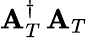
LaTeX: {\mathbf A}_{T}^{\dagger}\, {\mathbf A}_{T}